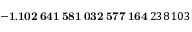
\mathbf { - 1 . 1 0 2 \, 6 4 1 \, 5 8 1 \, 0 3 2 \, 5 7 7 \, 1 6 4 } \, 2 3 8 \, 1 0 3